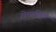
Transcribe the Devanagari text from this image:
रोमानिउम